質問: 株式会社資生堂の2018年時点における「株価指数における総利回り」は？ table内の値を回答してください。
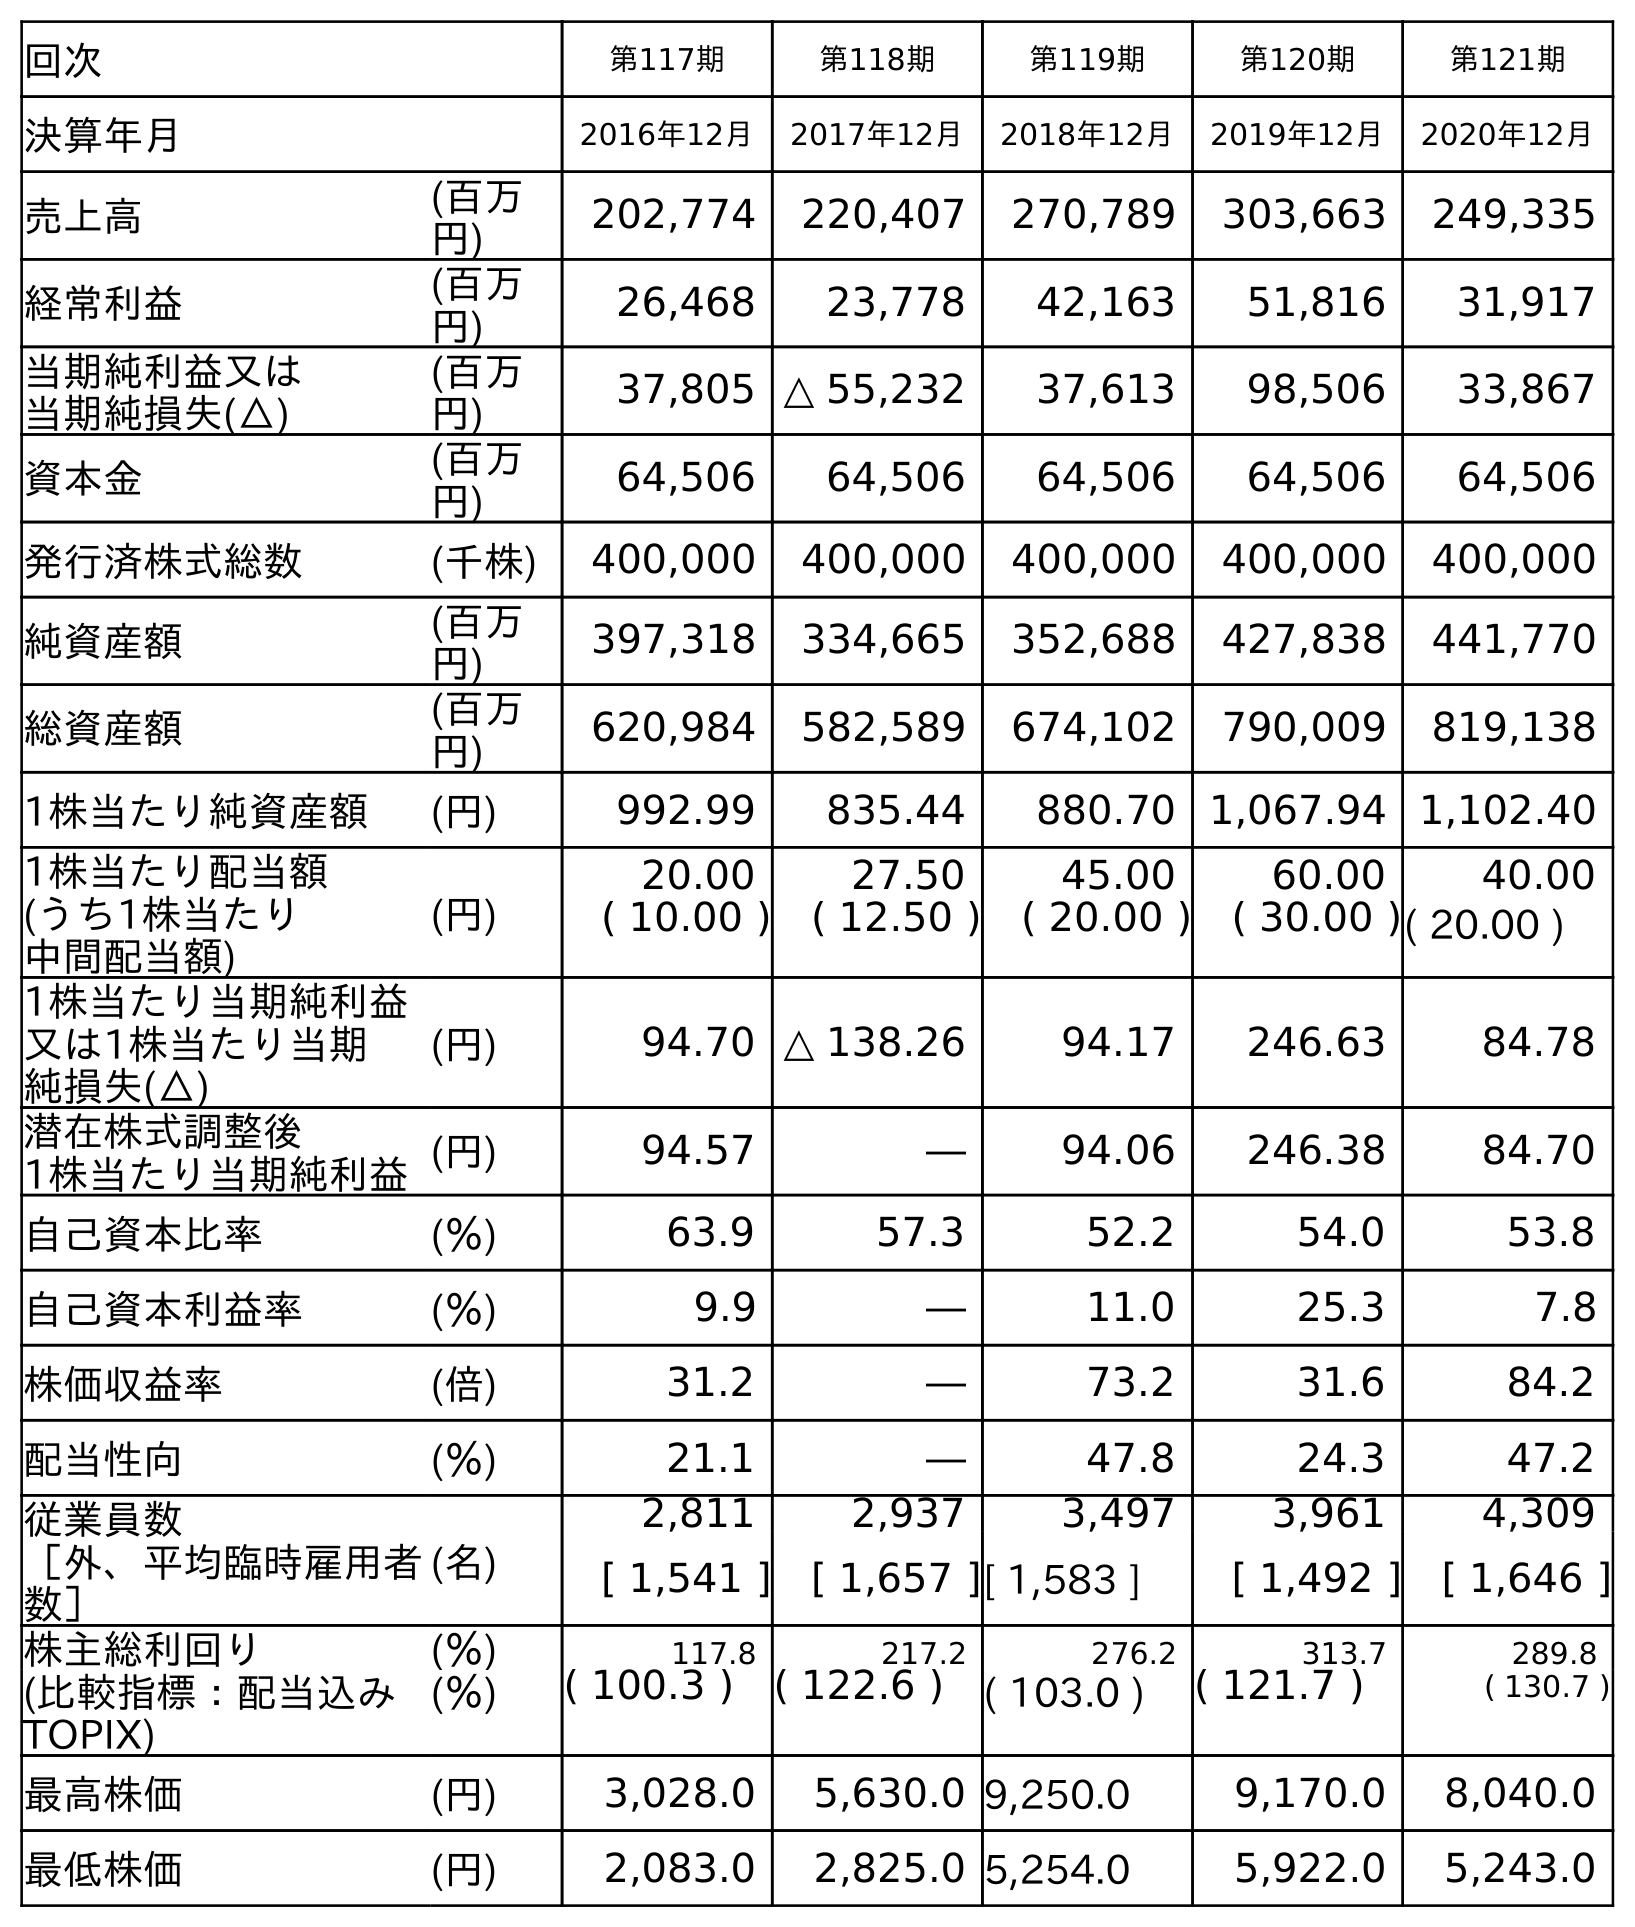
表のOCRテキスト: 回次 第117期 第118期 第119期 第120期 第121期 決算年月 2016年12月 2017年12月 2018年12月 2019年12月 2020年12月 売上高 (百万 円) 202,774 220,407 270,789 303,663 249,335 経常利益 (百万 円) 26,468 23,778 42,163 51,816 31,917 当期純利益又は 当期純損失(△) (百万 円) 37,805 △ 55,232 37,613 98,506 33,867 資本金 (百万 円) 64,506 64,506 64,506 64,506 64,506 発行済株式総数 (千株) 400,000 400,000 400,000 400,000 400,000 純資産額 (百万 円) 397,318 334,665 352,688 427,838 441,770 総資産額 (百万 円) 620,984 582,589 674,102 790,009 819,138 1株当たり純資産額 (円) 992.99 835.44 880.70 1,067.94 1,102.40 1株当たり配当額 (うち1株当たり 中間配当額) (円) 20.00 27.50 45.00 60.00 40.00 ( 10.00 ) ( 12.50 ) ( 20.00 ) ( 30.00 )( 20.00 ) 1株当たり当期純利益 又は1株当たり当期 純損失(△) (円) 94.70 △ 138.26 94.17 246.63 84.78 潜在株式調整後 1株当たり当期純利益(円) 94.57 ― 94.06 246.38 84.70 自己資本比率 (％) 63.9 57.3 52.2 54.0 53.8 自己資本利益率 (％) 9.9 ― 11.0 25.3 7.8 株価収益率 (倍) 31.2 ― 73.2 31.6 84.2 配当性向 (％) 21.1 ― 47.8 24.3 47.2 従業員数 ［外、平均臨時雇用者 数］ (名) 2,811 2,937 3,497 3,961 4,309 [ 1,541 ] [ 1,657 ][ 1,583 ] [ 1,492 ] [ 1,646 ] 株主総利回り (％) 117.8 217.2 276.2 313.7 289.8 (比較指標：配当込み TOPIX) (％) ( 100.3 ) ( 122.6 ) ( 103.0 ) ( 121.7 ) ( 130.7 ) 最高株価 (円) 3,028.0 5,630.0 9,250.0 9,170.0 8,040.0 最低株価 (円) 2,083.0 2,825.0 5,254.0 5,922.0 5,243.0
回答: (103.0)